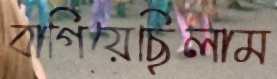
বাগিয়েছিলাম